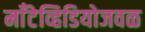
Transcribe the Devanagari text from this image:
माँटेव्हिडियोजवळ